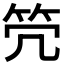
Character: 𥫺